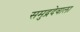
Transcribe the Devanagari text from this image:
समुद्रदेवाला